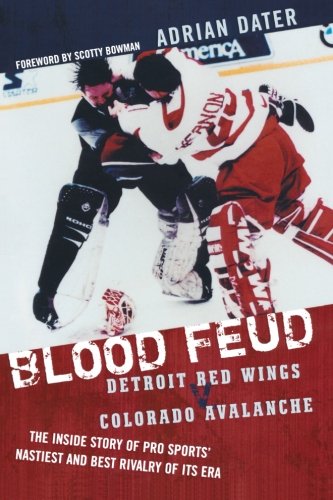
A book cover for Blood Feud: Detroit Red Wings v. Colorado Avalanche: The Inside Story of Pro Sports' Nastiest and Best Rivalry of Its Era; Adrian Dater; Arts & Photography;